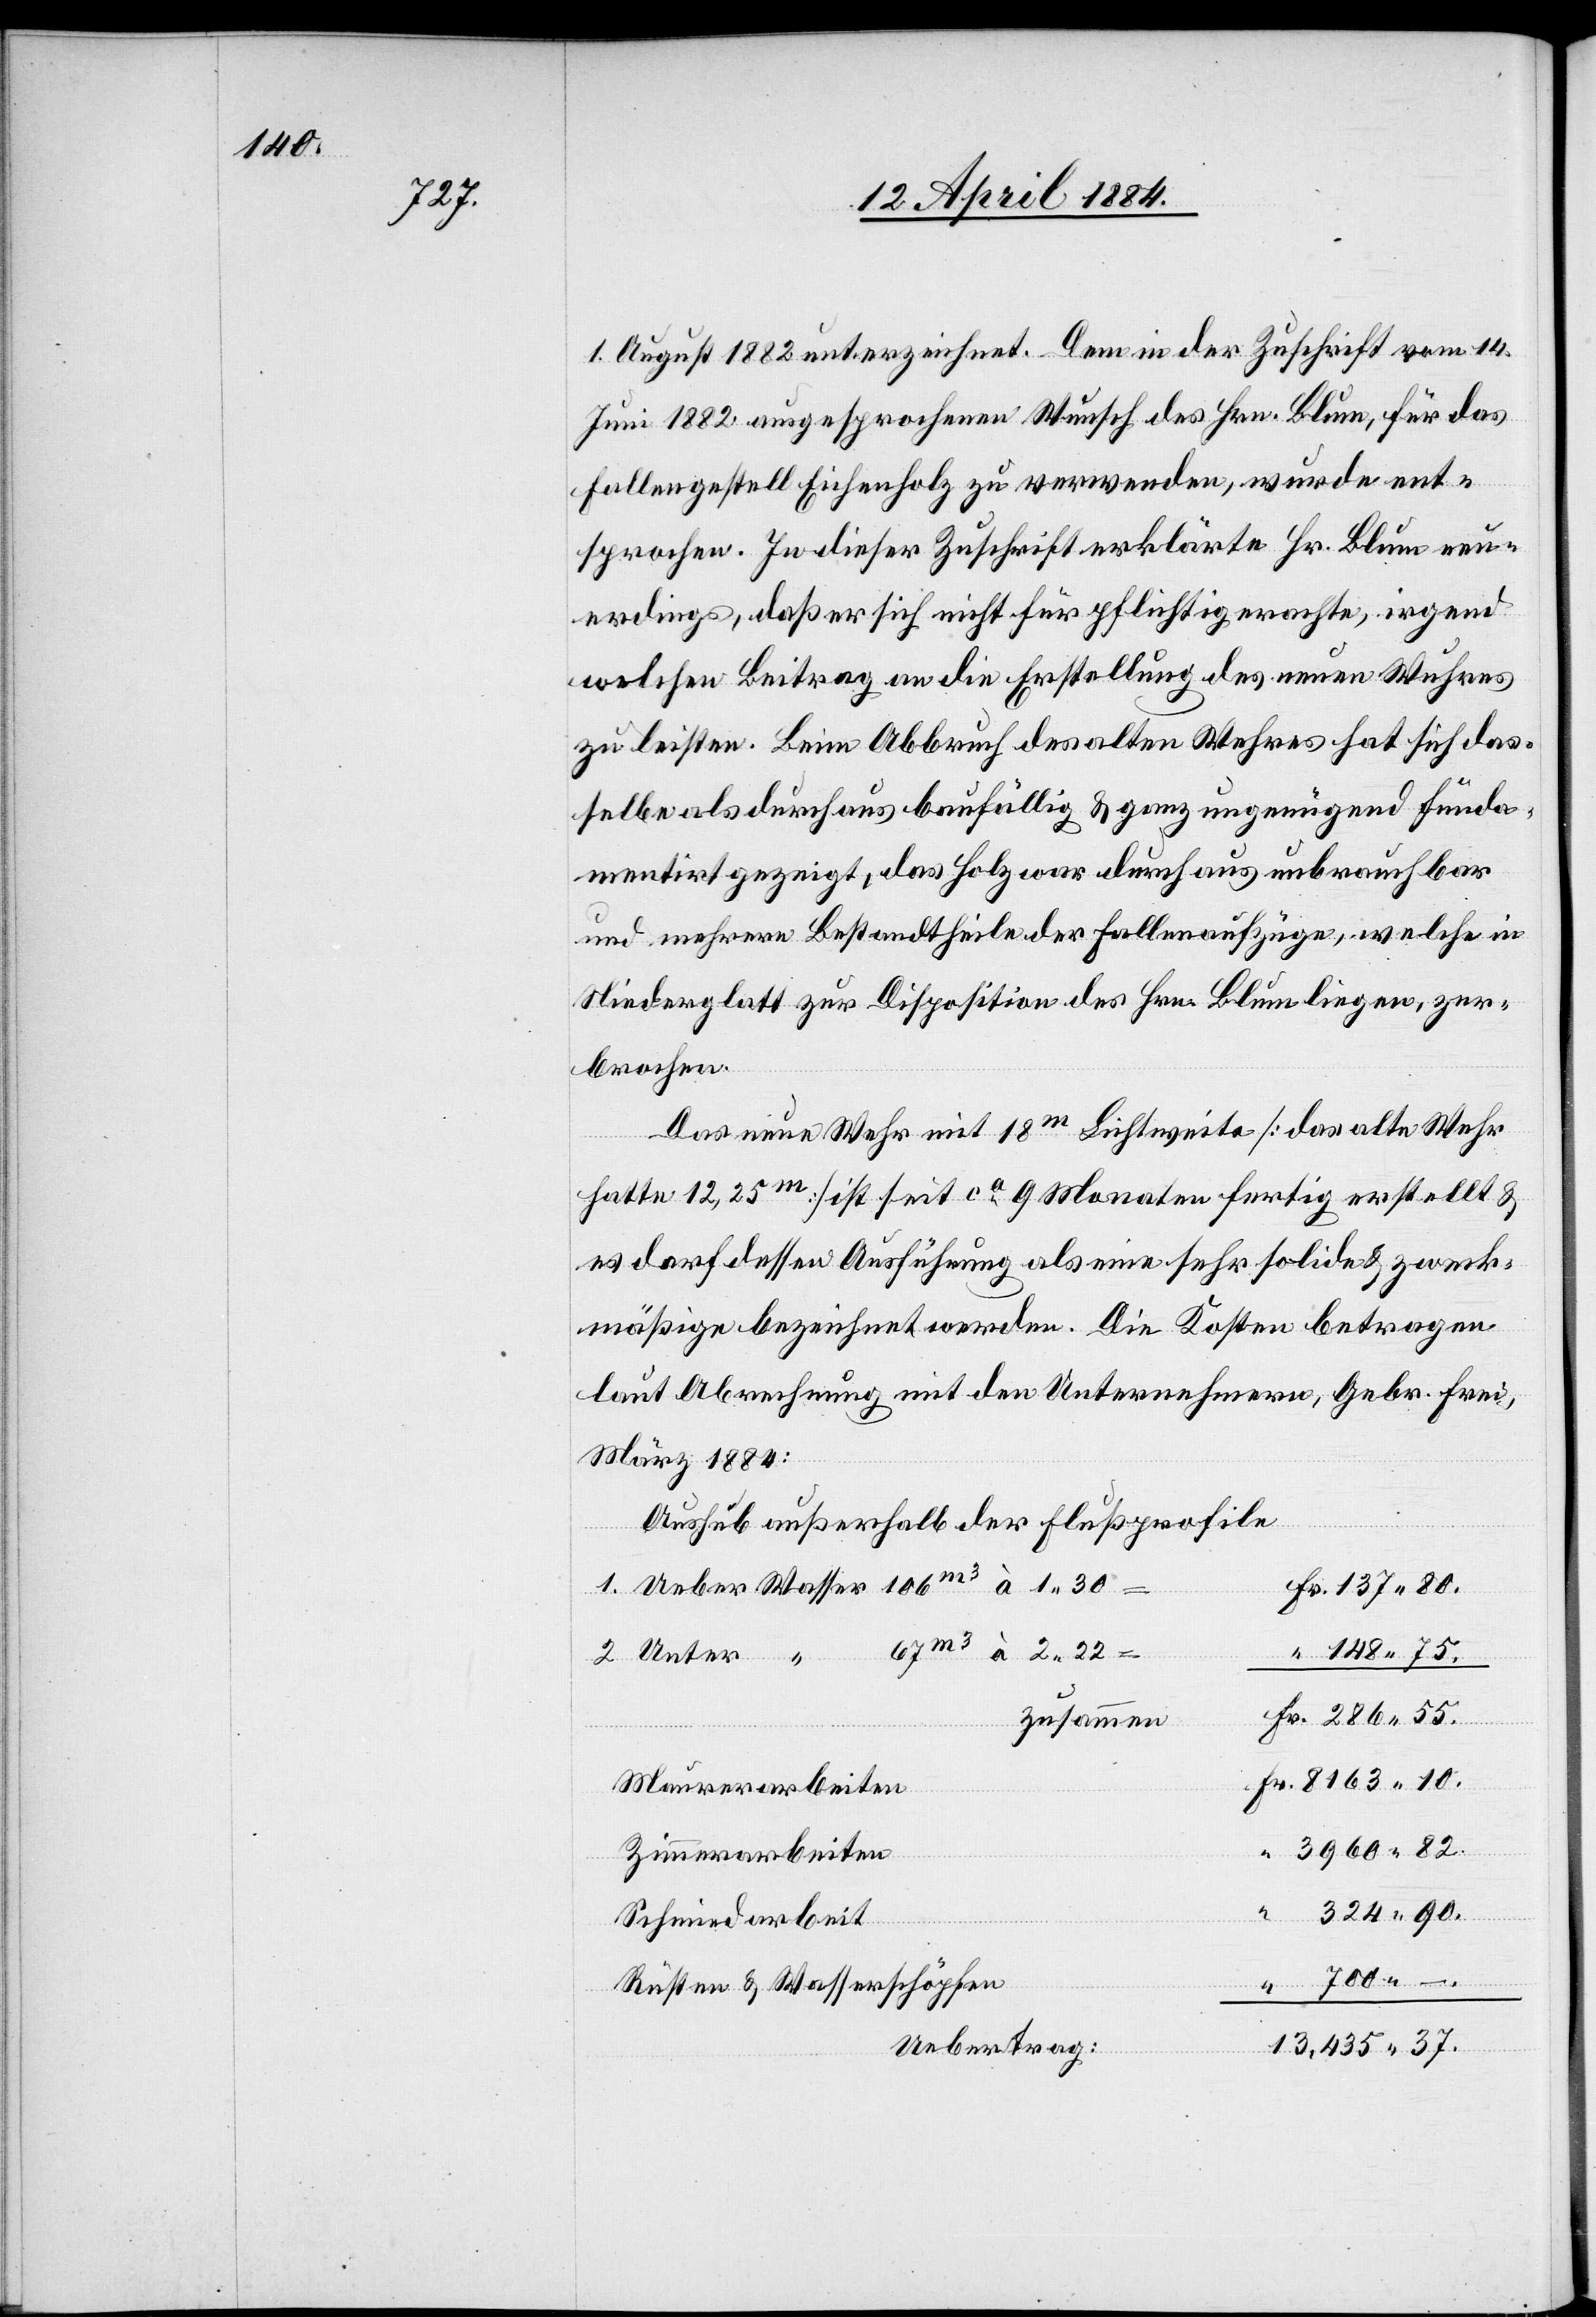
10.

75.

1. August 1882 unterzeichnet. Dem in der Zuschrift vom 14.
Juni 1882 ausgesprochenen Wunsch des Hrn. Blum, für das
Fallengestell Eichenholz zu verwenden, wurde ent¬
sprochen. In dieser Zuschrift erklärte Hr. Blum neu¬
erdings, daß er sich nicht für pflichtig erachte, irgend¬
welchen Beitrag an die Erstellung des neuen Wuhres
zu leisten. Beim Abbruch des alten Wehres hat sich das¬
selbe als durchaus baufällig & ganz ungenügend funda¬
mentirt gezeigt, das Holz war durchaus unbrauchbar
und mehrere Bestandtheile der Fallenaufzüge, welche in
Niederglatt zur Disposition des Hrn. Blum liegen, zer¬
brochen.
Das neue Wehr mit 18m Lichtweite [das alte Wehr
hatte 12,25m] ist seit ca 9 Monaten fertig erstellt &
es darf dessen Ausführung als eine sehr solide & zweck¬
mäßige bezeichnet werden. Die Kosten betragen
laut Abrechnung mit den Unternehmern, Gebr. Frei,
März 1884:
Aushub außerhalb der Flußprofile
zusammen
Maurerarbeiten
3960 82.
Zimmerarbeiten
324 90.
80.
Un¬
Fr.
Schmiedarbeit
700.–
Rüsten & Wasserschöpfen